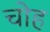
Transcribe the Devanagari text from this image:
चोह